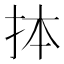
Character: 𢫆